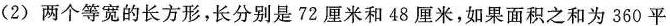
(2) 两个等宽的长方形，长分别是 72 厘米和 48 厘米，如果面积之和为 360 平